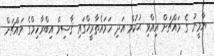
ޔާމީނު ގެ މައްޗަށް އިއްވި ޙުކުމް އަދި ހަމައެތާރީޚްގައި ޤާސިމް އިބްރާހިމްގެ މައްޗަށް